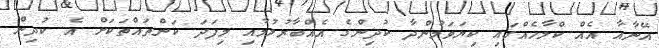
އޭނާއާ އެއް ކްލާހެއްގައި ކިޔަވަމުންދާ ކުދިންގެ އެއްބާރުލުމާއި މިފަދަ ކަންތައްތަކަށް އެ ކުދިން